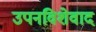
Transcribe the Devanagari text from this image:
उपनविशेवाद